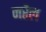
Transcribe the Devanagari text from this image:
नरैल